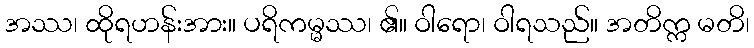
အဿ၊ ထိုရဟန်းအား။ ပရိကမ္မဿ၊ ၏။ ဝါရော၊ ဝါရသည်။ အတိက္က မတိ၊